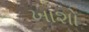
ખાશો